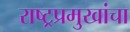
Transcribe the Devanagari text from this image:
राष्ट्रप्रमुखांचा